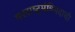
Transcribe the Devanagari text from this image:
परराष्ट्रमंत्रिपदाची